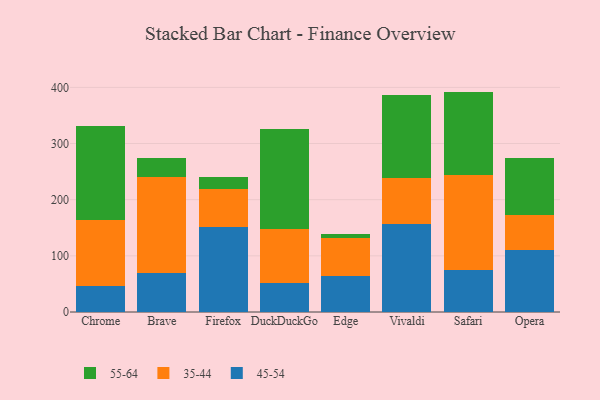
{"axis": {"x": "Browser", "y": "Tickets Resolved"}, "legend": ["35-44", "45-54", "55-64"], "data": [{"x": "Chrome", "y": 46.5, "type": "45-54"}, {"x": "Chrome", "y": 117.4, "type": "35-44"}, {"x": "Chrome", "y": 167.7, "type": "55-64"}, {"x": "Brave", "y": 69.8, "type": "45-54"}, {"x": "Brave", "y": 170.5, "type": "35-44"}, {"x": "Brave", "y": 34.7, "type": "55-64"}, {"x": "Firefox", "y": 152.0, "type": "45-54"}, {"x": "Firefox", "y": 67.7, "type": "35-44"}, {"x": "Firefox", "y": 20.1, "type": "55-64"}, {"x": "DuckDuckGo", "y": 50.8, "type": "45-54"}, {"x": "DuckDuckGo", "y": 97.3, "type": "35-44"}, {"x": "DuckDuckGo", "y": 177.8, "type": "55-64"}, {"x": "Edge", "y": 63.5, "type": "45-54"}, {"x": "Edge", "y": 67.9, "type": "35-44"}, {"x": "Edge", "y": 7.8, "type": "55-64"}, {"x": "Vivaldi", "y": 156.5, "type": "45-54"}, {"x": "Vivaldi", "y": 81.8, "type": "35-44"}, {"x": "Vivaldi", "y": 147.6, "type": "55-64"}, {"x": "Safari", "y": 74.0, "type": "45-54"}, {"x": "Safari", "y": 170.0, "type": "35-44"}, {"x": "Safari", "y": 148.5, "type": "55-64"}, {"x": "Opera", "y": 110.4, "type": "45-54"}, {"x": "Opera", "y": 62.1, "type": "35-44"}, {"x": "Opera", "y": 101.3, "type": "55-64"}]}